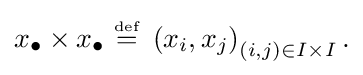
{\textstyle x_{\bullet }\times x_{\bullet }~{\stackrel {\scriptscriptstyle {\text{def}}}{=}}~\left(x_{i},x_{j}\right)_{(i,j)\in I\times I}.}